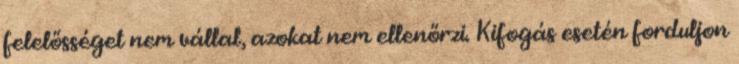
felelősséget nem vállal, azokat nem ellenőrzi. Kifogás esetén forduljon